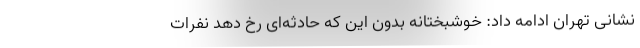
نشانی تهران ادامه داد: خوشبختانه بدون این که حادثه‌ای رخ دهد نفرات